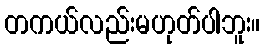
တကယ်လည်းမဟုတ်ပါဘူး။